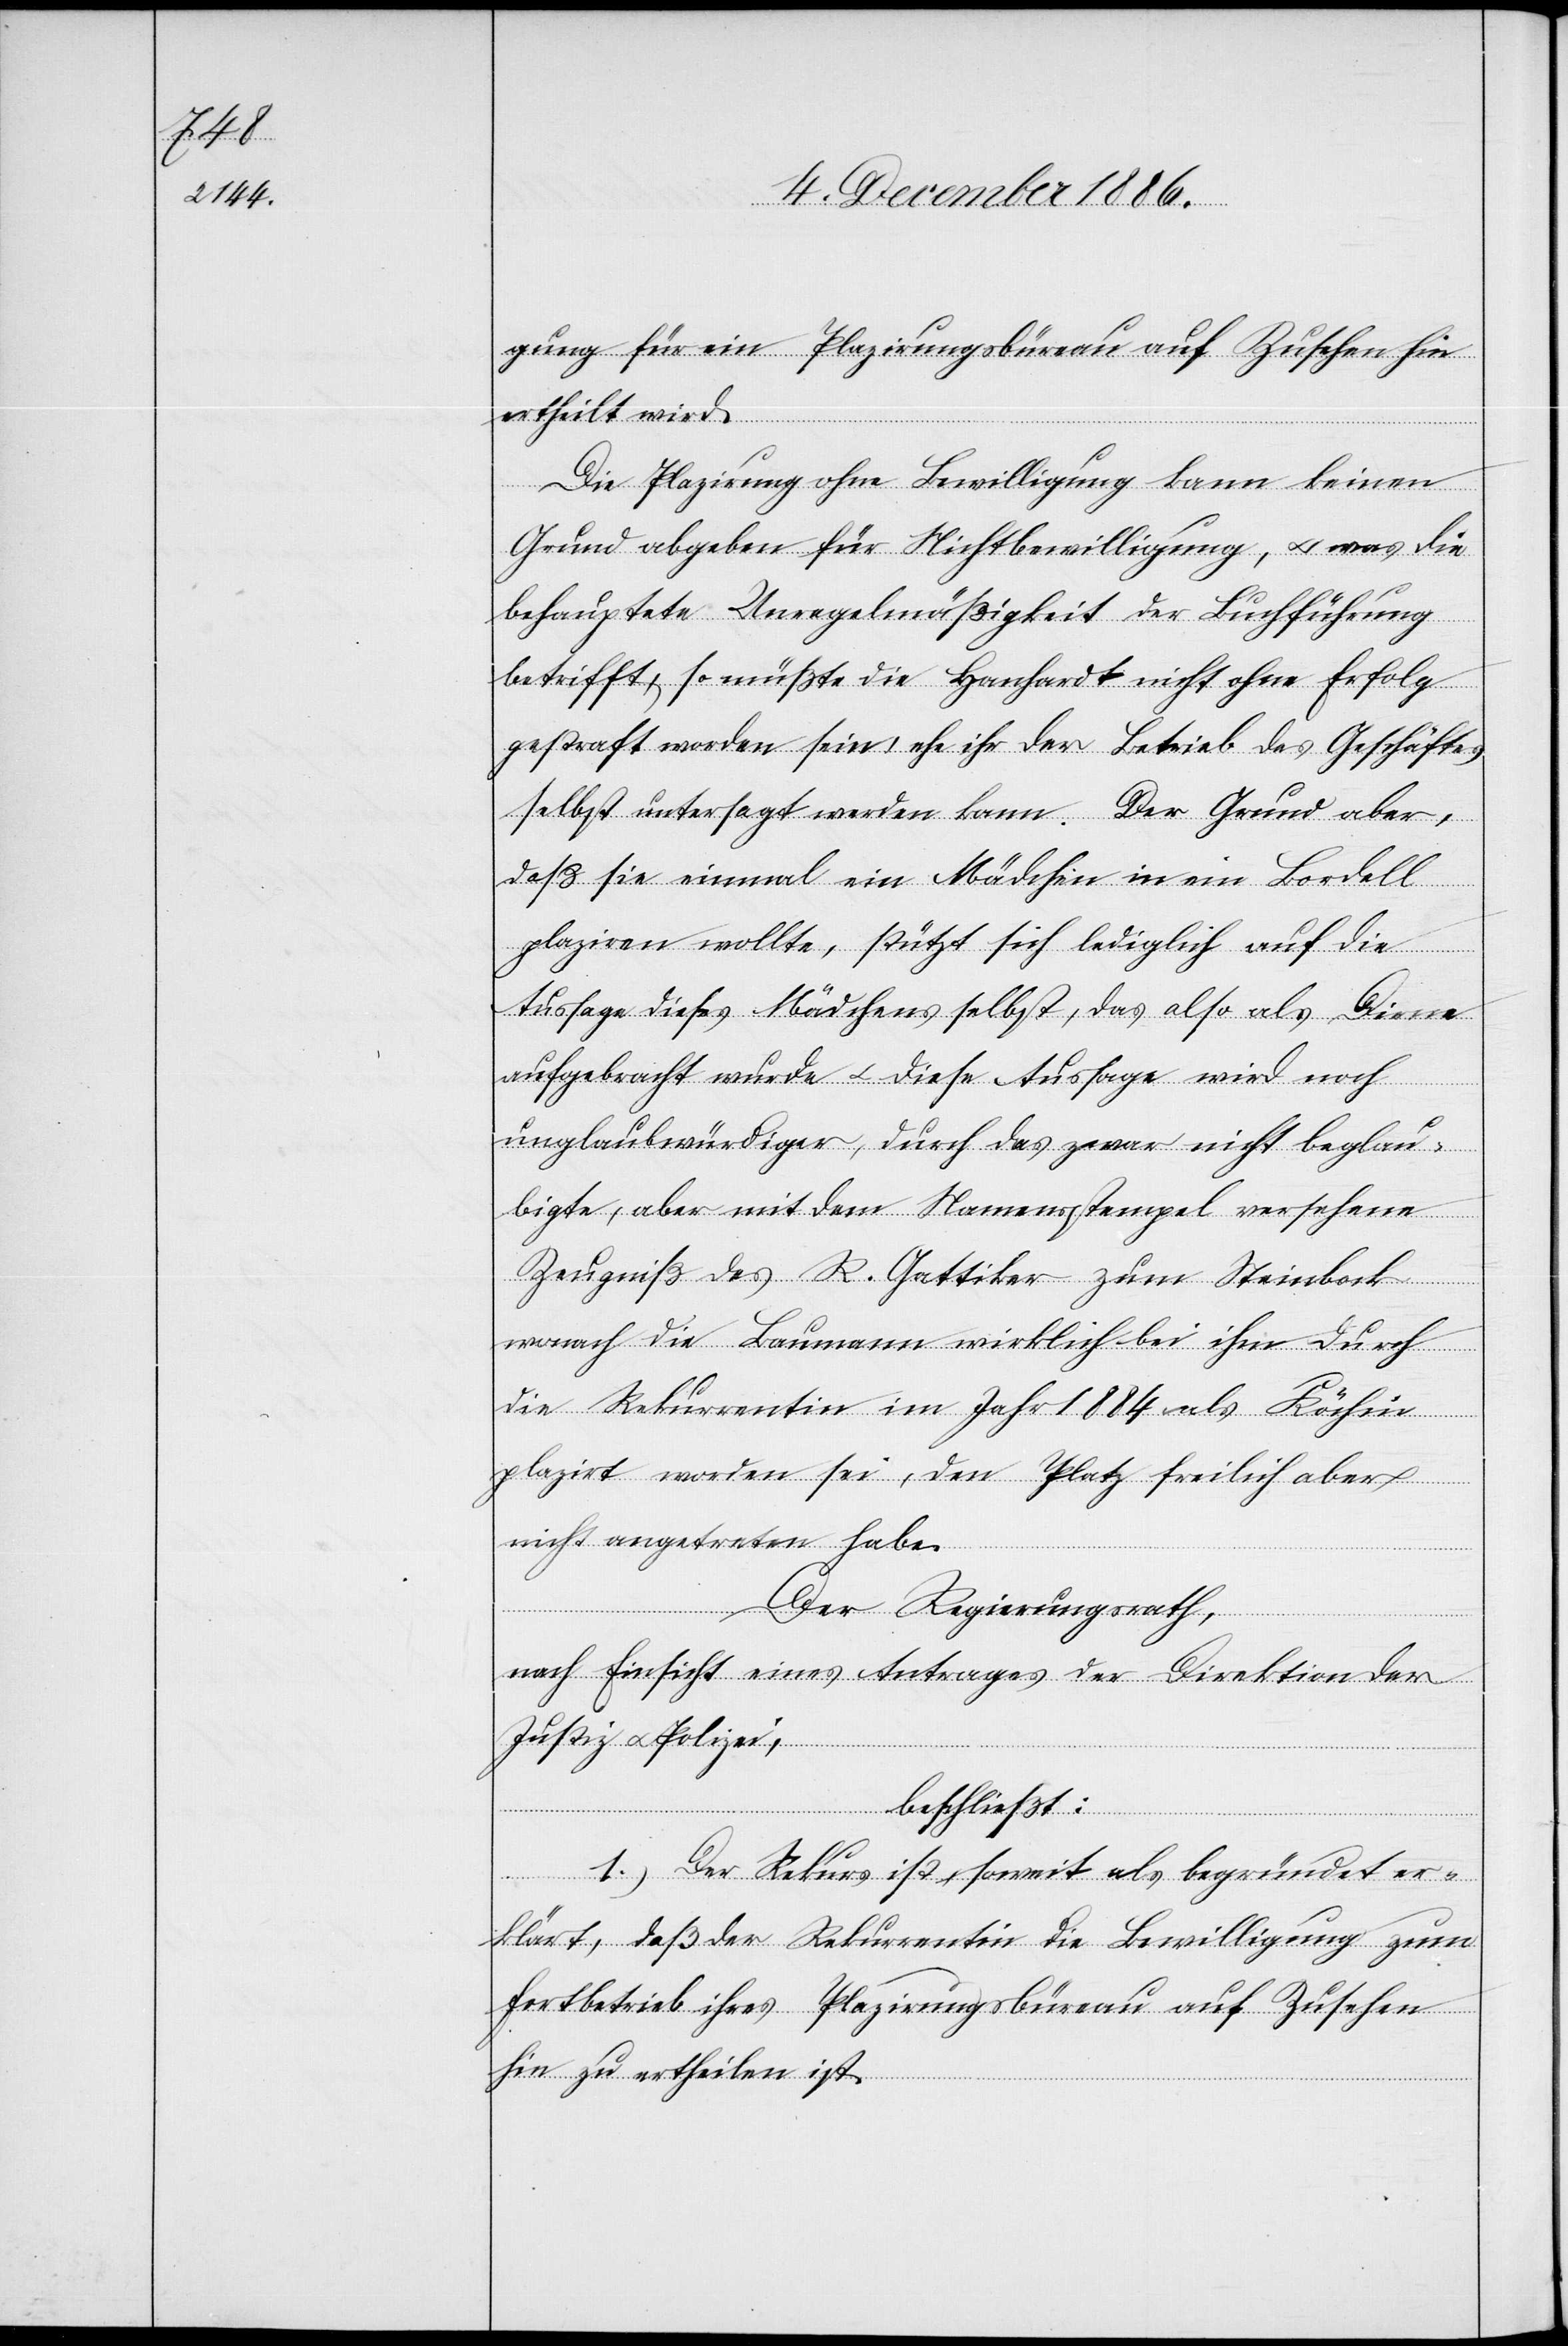
gung für ein Plazirungsbüreau auf Zusehen hin
ertheilt wird.
Die Plazirung ohne Bewilligung kann keinen
Grund abgeben für Nichtbewilligung, & was die
behauptete Unregelmäßigkeit der Buchführung
betrifft, so müßte die Hanhardt nicht ohne Erfolg
gestraft worden sein, ehe ihr der Betrieb des Geschäftes
Der Grund aber,
selbst untersagt werden kann.
daß sie einmal ein Mädchen in ein Bordell
plaziren wollte, stützt sich lediglich auf die
Aussage dieses Mädchens selbst, das also als Dirne
aufgebracht wurde & diese Aussage wird noch
unglaubwürdiger, durch das zwar nicht beglau¬
bigte, aber mit dem Namensstempel versehene
Zeugniß des R. Gattiker zum Steinbock
wonach die Baumann wirklich bei ihm durch
die Rekurrentin im Jahr 1884 als Köchin
plazirt worden sei, den Platz freilich aber
nichts angetreten habe.
Der Regierungsrath,
nach Einsicht eines Antrages der Direction der
Justiz & Polizei;
beschließt:
I.) Der Rekurs ist soweit als begründet er¬
klärt, daß der Rekurrentin die Bewilligung zum
Fortbetrieb ihres Plazirungsbüreau auf Zusehen
hin zu ertheilen ist.